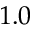
1 . 0